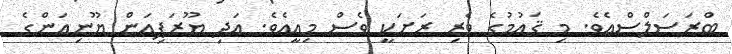
ބްރަސަލްސްއެވެ. މި ޤައުމުގެ ވެރި ރަށަކީ ވެސް މިއީއެވެ. އަދި ޔޫރަޕިއަން ޔޫނިއަންގެ